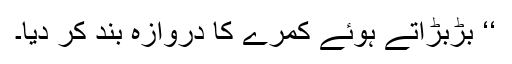
‘‘ بڑبڑاتے ہوئے کمرے کا دروازہ بند کر دیا۔